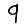
Digit: 9